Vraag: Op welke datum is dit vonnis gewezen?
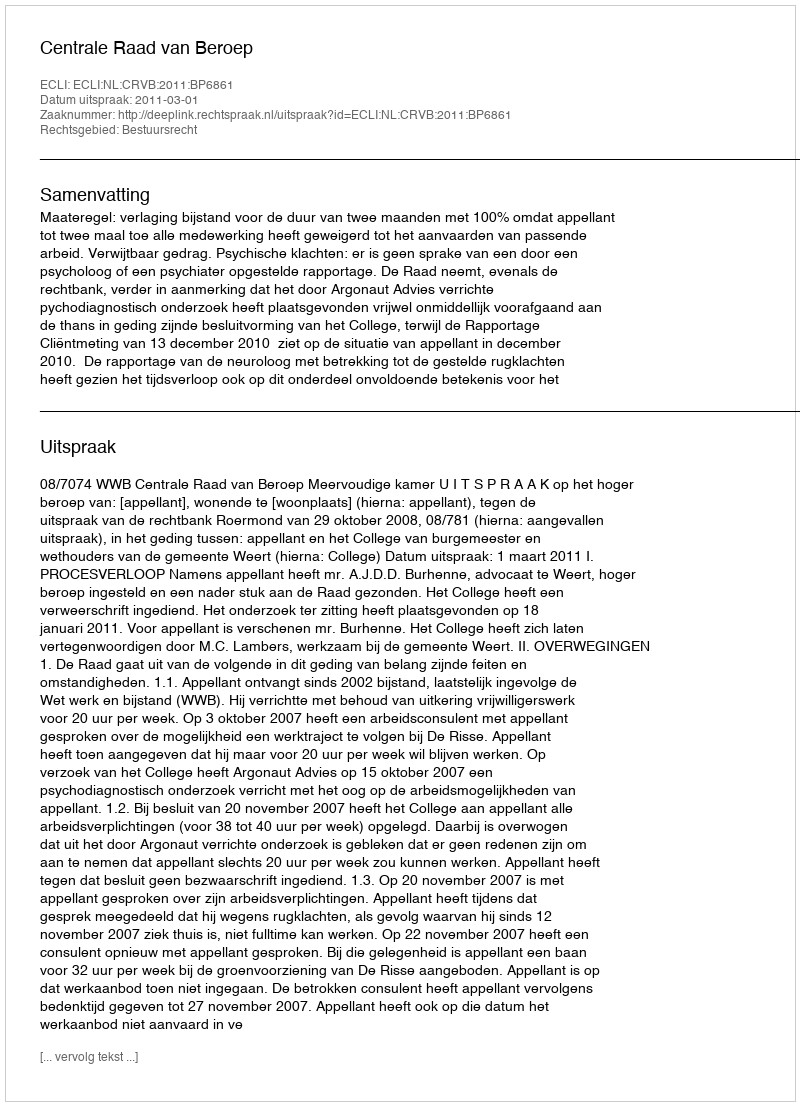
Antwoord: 2011-03-01